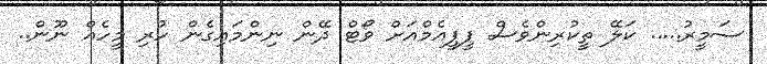
ސަމީރު..... ކަލޭ ތީކުރިންވެސް ޕީޕީއެމްއަށް ވޯޓް ދޭން ނިންމައިގެން ހުރި މީހެއް ނޫން..